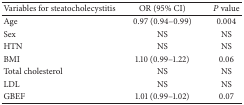
<table><thead><tr><td><b>Variables for steatocholecystitis</b></td><td><b>OR (95% CI)</b></td><td><b><i>P</i> value</b></td></tr></thead><tbody><tr><td>Age</td><td>0.97 (0.94–0.99)</td><td>0.004</td></tr><tr><td>Sex</td><td>NS</td><td>NS</td></tr><tr><td>HTN</td><td>NS</td><td>NS</td></tr><tr><td>BMI</td><td>1.10 (0.99–1.22)</td><td>0.06</td></tr><tr><td>Total cholesterol</td><td>NS</td><td>NS</td></tr><tr><td>LDL</td><td>NS</td><td>NS</td></tr><tr><td>GBEF </td><td>1.01 (0.99–1.02)</td><td>0.07</td></tr></tbody></table>